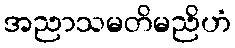
အညာသမတိမညိဟံ